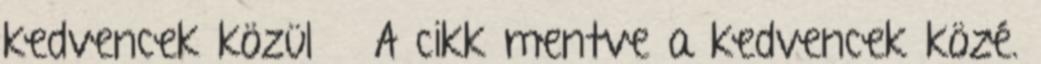
kedvencek közül » A cikk mentve a kedvencek közé.